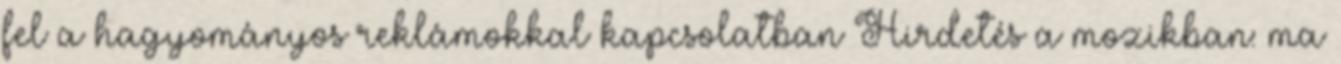
fel a hagyományos reklámokkal kapcsolatban Hirdetés a mozikban: ma